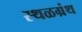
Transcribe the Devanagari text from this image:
स्थळग्रंथ